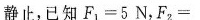
静止，已知$$F_{ 1 } = 5 N$$，$$F_{ 2 } =